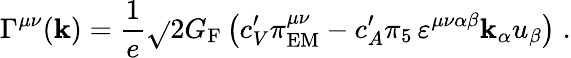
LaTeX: \Gamma^{\mu\nu}(\mathbf{k})=\frac{{1}}{{e}}\sqrt{}{{2}}G_{\mathrm{{F}}}\left(c_{V}^{\prime}\pi_{\mathrm{{EM}}}^{\mu\nu}-c_{A}^{\prime}\pi_{5}\, \varepsilon^{\mu\nu\alpha\beta}\mathbf{k}_{\alpha}u_{\beta}\right)\; .